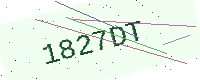
Text: 1827DT